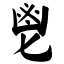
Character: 鬯